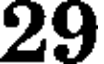
29